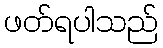
ဖတ်ရပါသည်